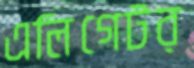
এলিগেটর